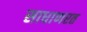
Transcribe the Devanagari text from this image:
साधाणरत